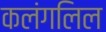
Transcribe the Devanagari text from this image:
कलंगलिल